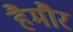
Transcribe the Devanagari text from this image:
हैमौर